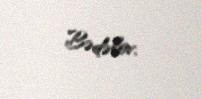
Bədəlov.